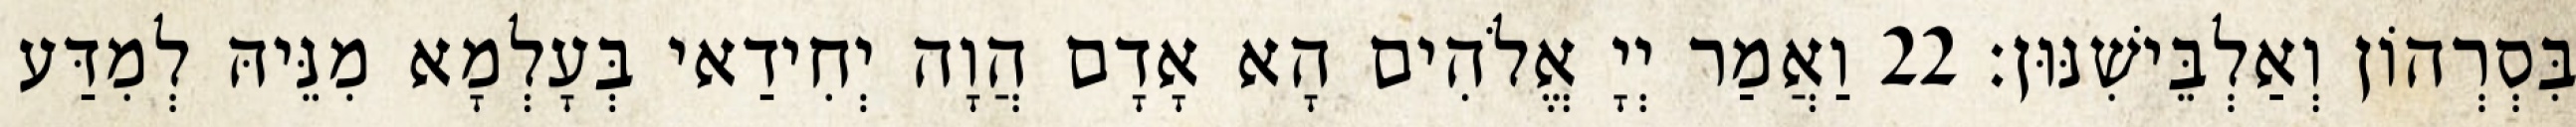
בִּסְרְהוֹן וְאַלְבֵּישִׁנּוּן׃ 22 וַאֲמַר יְיָ אֱלֹהִים הָא אָדָם הֲוָה יְחִידַאי בְּעָלְמָא מִנֵּיהּ לְמִדַּע